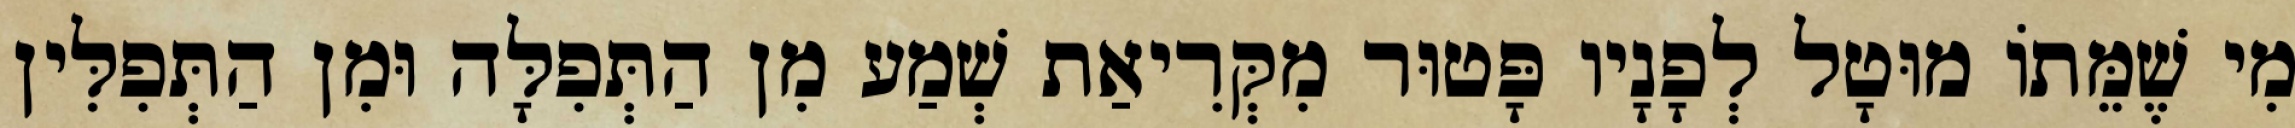
מִי שֶׁמֵּתוֹ מוּטָל לְפָנָיו פָּטוּר מִקְּרִיאַת שְׁמַע מִן הַתְּפִלָּה וּמִן הַתְּפִלִּין